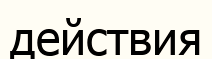
действия